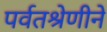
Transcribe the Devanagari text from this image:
पर्वतश्रेणीने